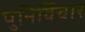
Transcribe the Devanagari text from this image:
पुनिर्विचार